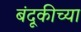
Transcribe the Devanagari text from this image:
बंदूकीच्या